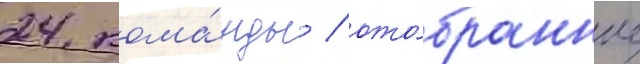
24 кома́нды / ото́бранные